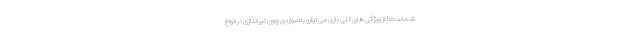
شماست! از ویژگی های کلی بازی می توان به مواردی چون تیراندازی در انواع